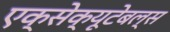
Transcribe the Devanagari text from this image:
एक्सेक्यूटेबल्स